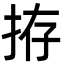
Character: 拵